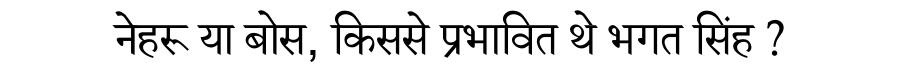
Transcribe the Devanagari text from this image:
नेहरू या बोस, किससे प्रभावित थे भगत सिंह ?